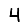
Digit: 4